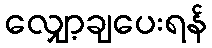
လျှော့ချပေးရန်